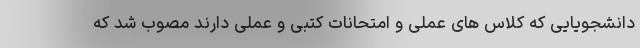
دانشجویایی که کلاس های عملی و امتحانات کتبی و عملی دارند مصوب شد که